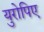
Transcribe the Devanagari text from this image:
युरोपिए